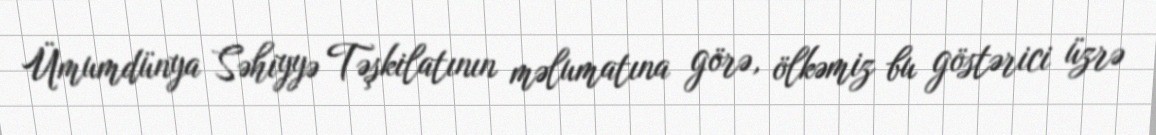
Ümumdünya Səhiyyə Təşkilatının məlumatına görə, ölkəmiz bu göstərici üzrə